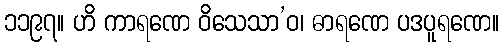
၁၁၉၇။ ဟိ ကာရဏေ ဝိသေသာ’ဝ၊ ဓာရဏေ ပဒပူရဏေ။